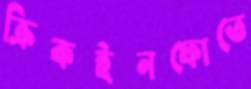
ক্রিকইনফোতে